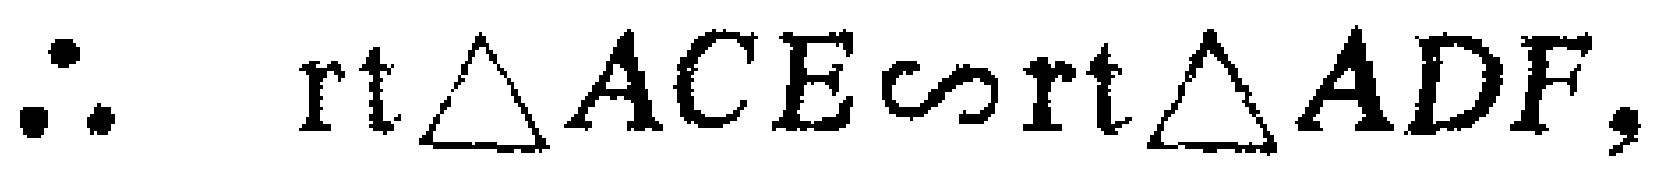
$\therefore \text{rt}\triangle ACE\sim\text{rt}\triangle ADF,$